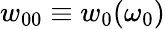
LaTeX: w_{00}\equiv{w_{0}(\omega_{0})}